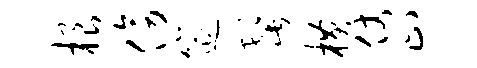
根傍筵髭横仗止